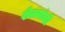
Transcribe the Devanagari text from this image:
शेळ्यांची